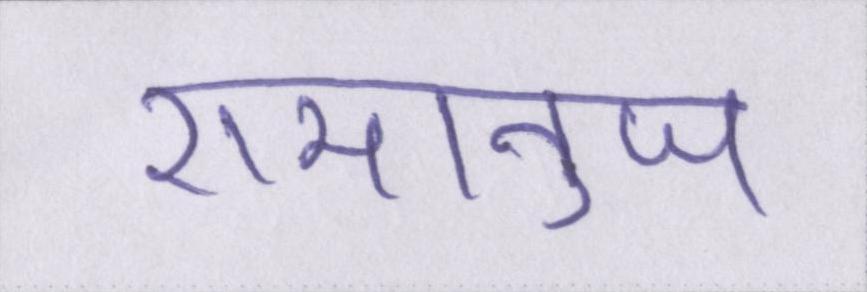
रामानुज